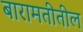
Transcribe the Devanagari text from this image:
बारामतीतील